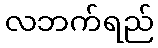
လဘက်ရည်